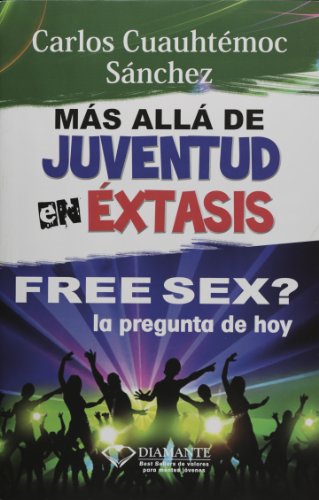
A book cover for Free Sex?: La pregunta de hoy. Inteligencia sexual en el siglo 21/ The Question for Today. Sexual Intelligence in the Century 21 (Spanish Edition); Carlos Cuauhtemoc Sanchez; Teen & Young Adult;